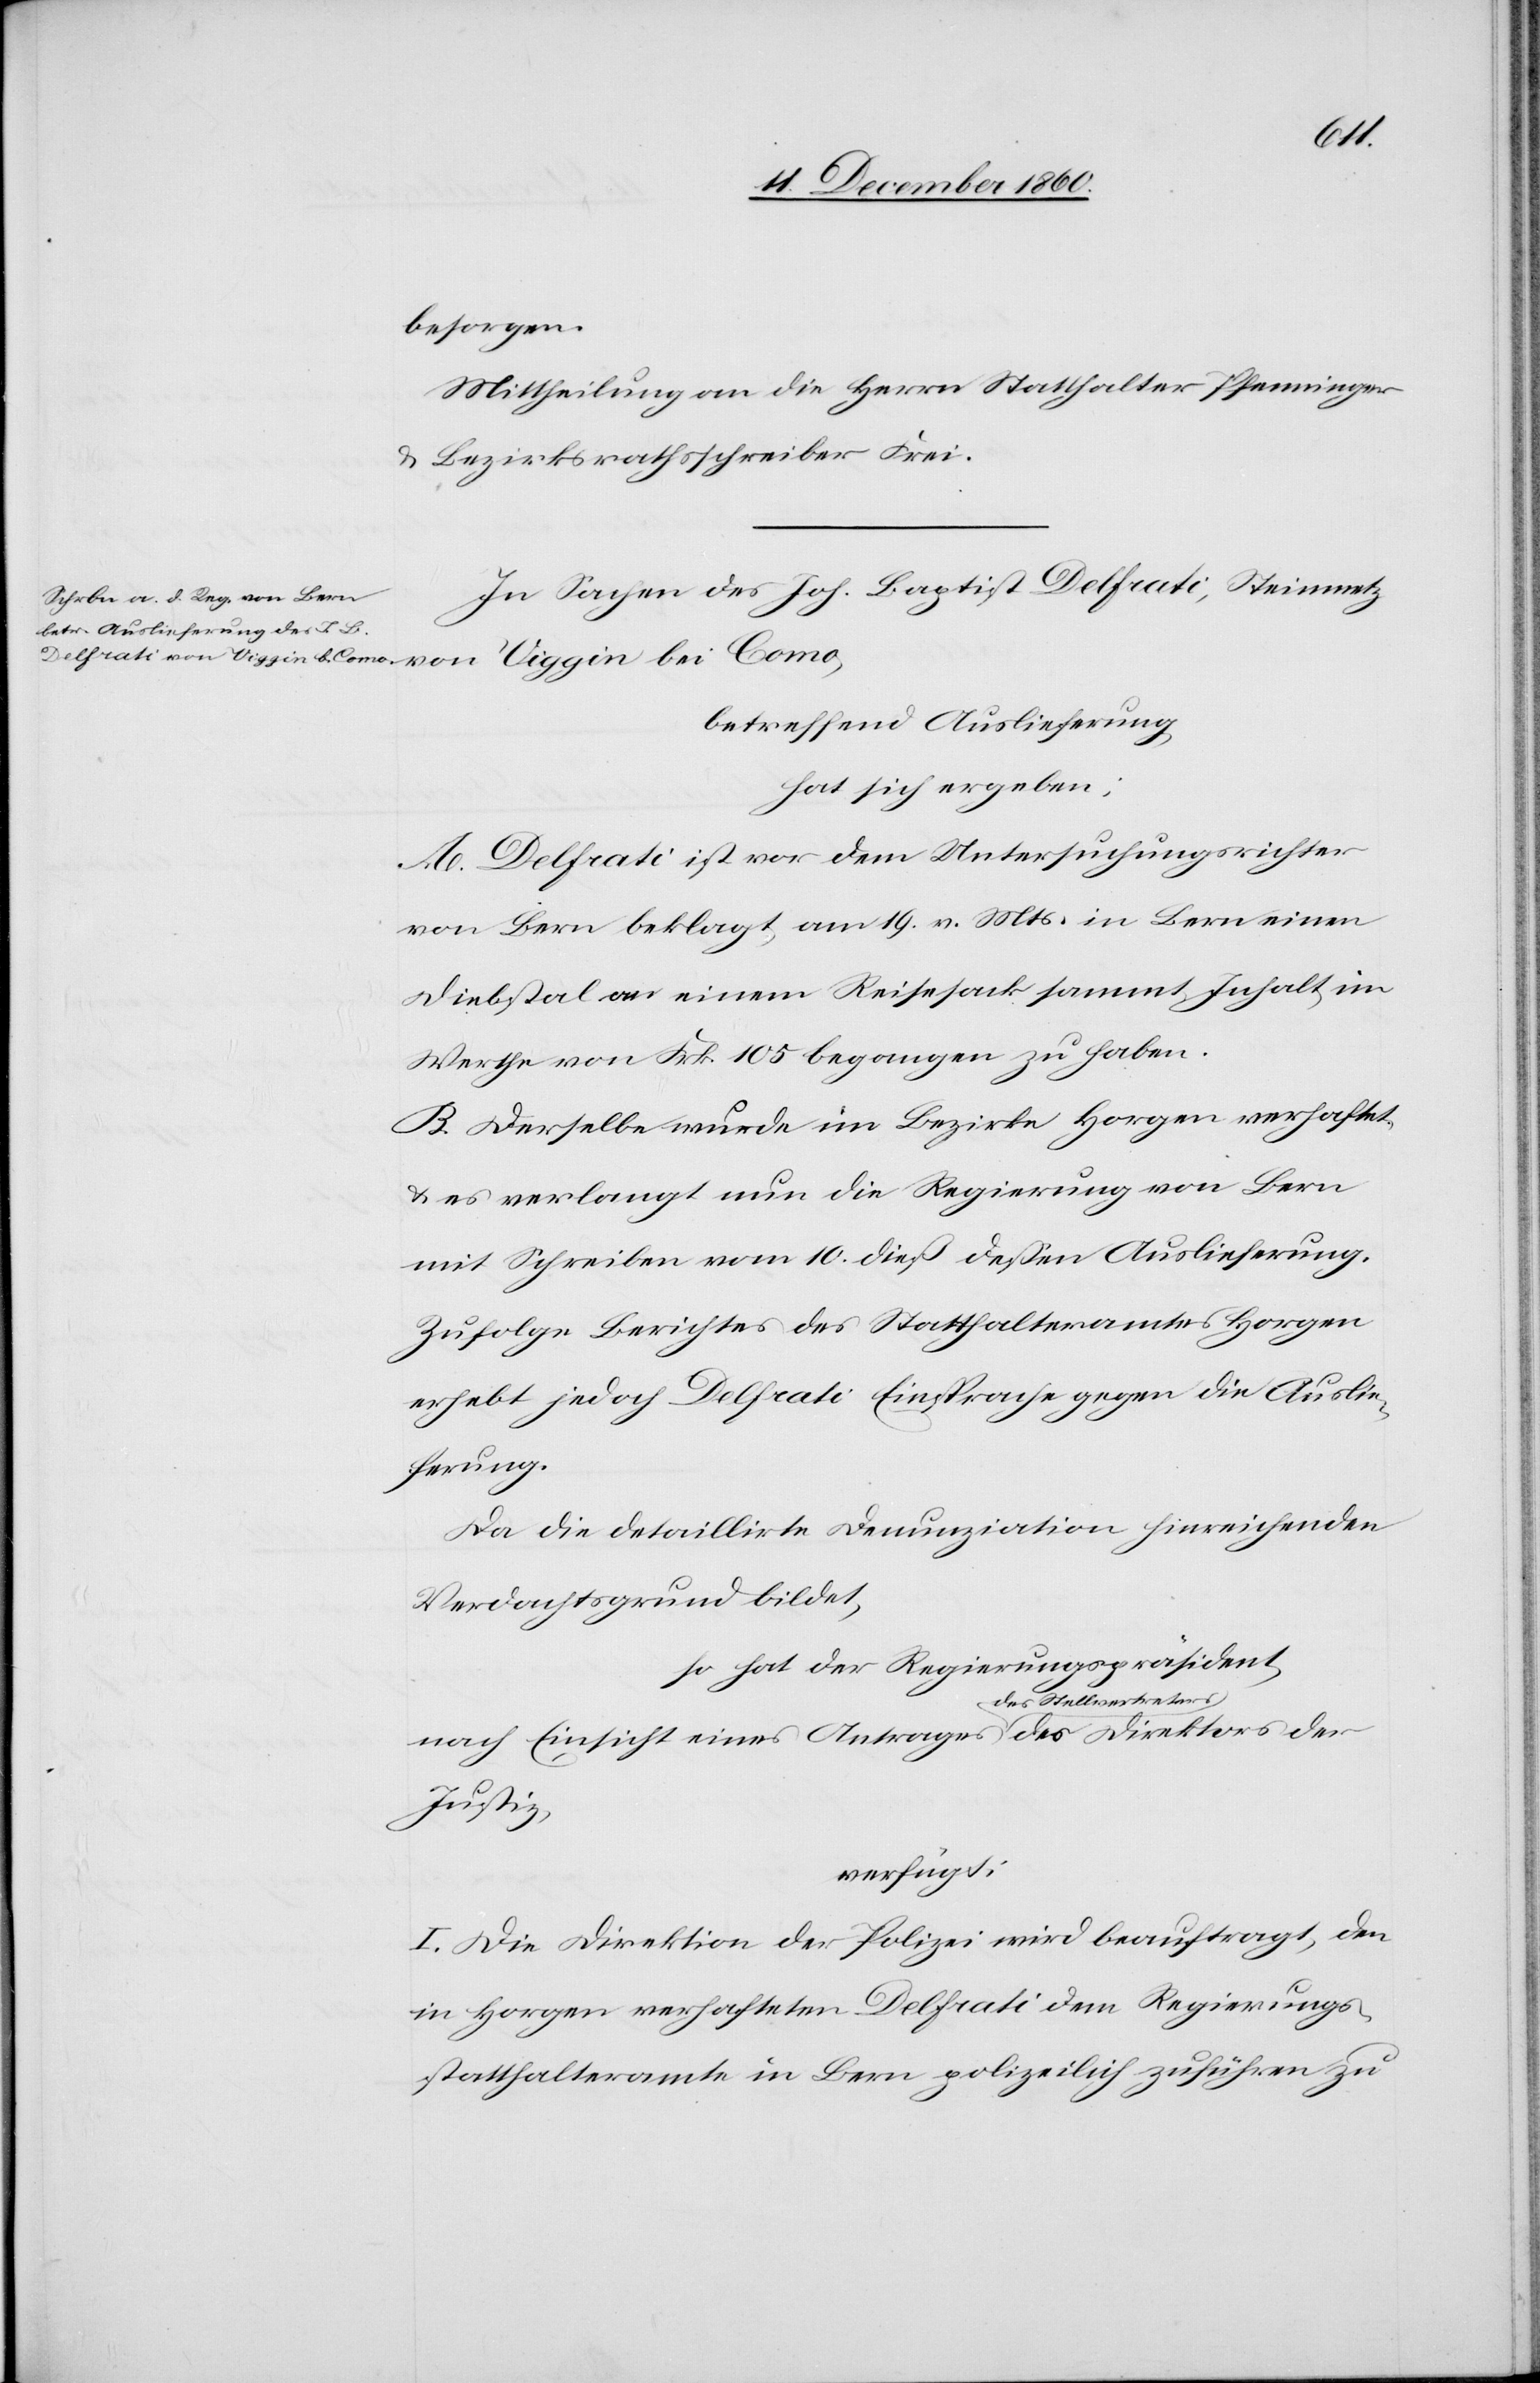
bei
13. December 1860.]
besorgen.
Mittheilung an die Herrn Statthalter Pfenninger
u. Bezirksrathsschreiber Frei.
In Sachen des Joh. Baptist Delfrati, Steinmetz
betreffend Auslieferung,
hat sich ergeben:
A. Delfrati ist vor dem Untersuchungsrichter
von Bern beklagt, am 19. v. Mts. in Bern einen
Diebstal an einem Reisesack sammt Inhalt im
Werthe von Frk. 105 begangen zu haben.
B. Derselbe wurde im Bezirke Horgen verhaftet
u. es verlangt nun die Regierung von Bern
mit Schreiben vom 10. dieß dessen Auslieferung.
Zufolge Berichtes des Statthalteramtes Horgen
erhebt jedoch Delfrati Einsprache gegen die Auslie¬
ferung.
Da die detaillirte Denunziation hinreichenden
Verdachtsgrund bildet,
so hat der Regierungspräsident,
nach Einsicht eines Antrages des Stellvertreters des
Justiz,
verfügt:
I. Die Direktion der Polizei wird beauftragt, den
in Horgen verhafteten Delfrati dem Regierungs¬
statthalteramte in Bern polizeilich zuführen zu